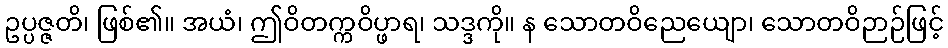
ဥပ္ပဇ္ဇတိ၊ ဖြစ်၏။ အယံ၊ ဤဝိတက္ကဝိပ္ဖာရ၊ သဒ္ဒကို။ န သောတဝိညေယျော၊ သောတဝိဉာဉ်ဖြင့်